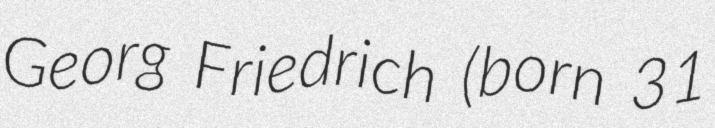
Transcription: Georg Friedrich (born 31